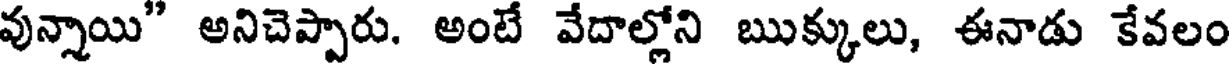
వున్నాయి" అనిచెప్పారు. అంటే వేదాల్లోని ఋక్కులు, ఈనాడు కేవలం